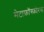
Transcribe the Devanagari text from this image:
मेटाफ़ॉस्फ़ोरस